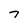
Character: 7